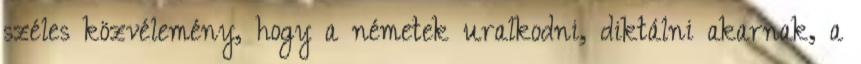
széles közvélemény, hogy a németek uralkodni, diktálni akarnak, a